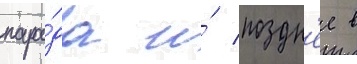
пара́да и́ поздн'ее в